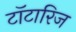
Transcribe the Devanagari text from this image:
टॉटारिज